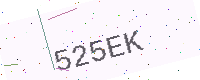
Text: 525EK